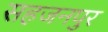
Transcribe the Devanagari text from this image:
सहजनपुर